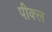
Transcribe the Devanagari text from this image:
पीक्ल